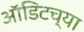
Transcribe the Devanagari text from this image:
ऑडिटच्या